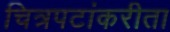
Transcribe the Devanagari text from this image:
चित्रपटांकरीता